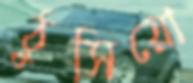
ঠুসিয়ো